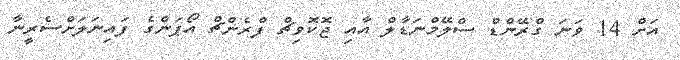
އަށް 14 ވަނަ ގްރޭންޑް ސްލޭމްނަޑާލް އާއި ޖޮކޮވިޗް ފްރެންޗް އޯޕަންގެ ފައިނަލަށްސެރީނާ